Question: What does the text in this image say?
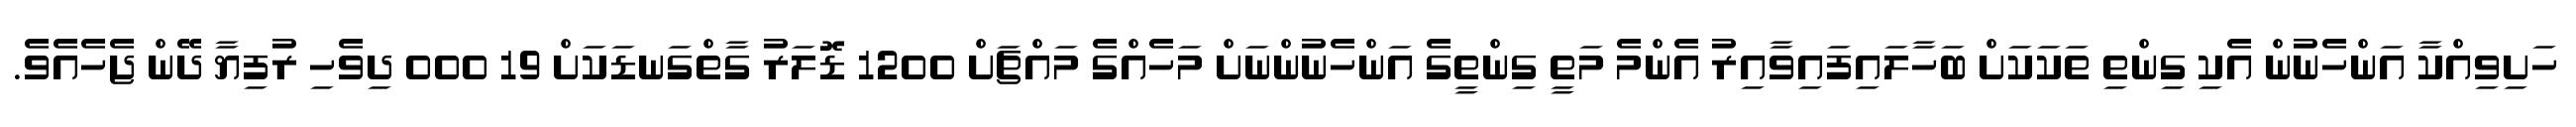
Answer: ހަށިވިއްކާ އަންހެނުން އެކި ގިންތި ތަކަކަށް ބަހާލައިފައިވާއިރު އެންމެ މަތީ ގިންތީގެ އަންހެނުންނަށް މަހެއްގެ މައްޗަށް 1200 ޑޮލަރު ގާތްގަނޑަކަށް 19 000 ދިވެހި ރުފިޔާ ދޭން ޖެހެއެވެ.